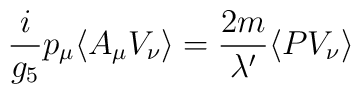
\frac{i}{g_5}p_\mu \langle A_\mu V_\nu \rangle =                         \frac{2m}{\lambda'}\langle P V_\nu\rangle